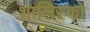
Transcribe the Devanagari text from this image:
शालिस्को